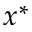
x ^ { * }